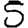
Digit: 5